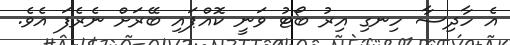
އެ ހާދިސާ ހިނގި އިރު ބޯޓު ވަނީ ކޮއްޕައި ބޭރަށް ނެރެފަ އެވެ.